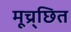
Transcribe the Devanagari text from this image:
मूच्र्छित